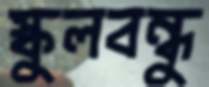
স্কুলবন্ধু